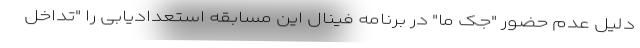
دلیل عدم حضور "جک ما" در برنامه فینال این مسابقه استعدادیابی را "تداخل